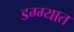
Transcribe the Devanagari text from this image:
डग्ग्यात